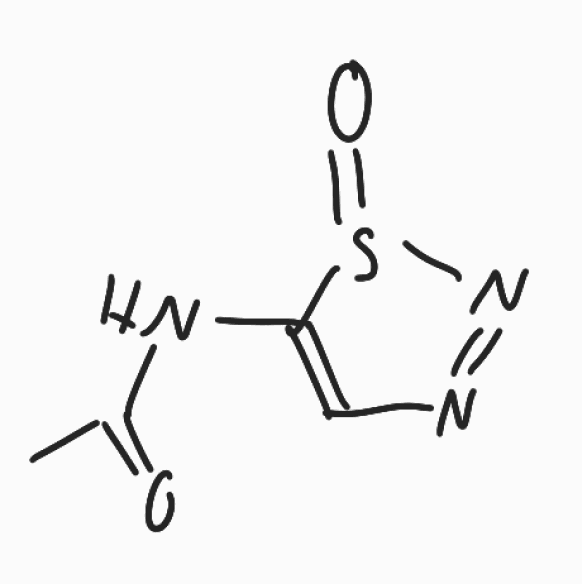
Simplified molecular-input line-entry system (SMILES) notation of the given molecule:
CC(=O)NC1=CN=NS1=O